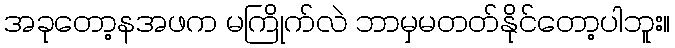
အခုတော့နအဖက မကြိုက်လဲ ဘာမှမတတ်နိုင်တော့ပါဘူး။